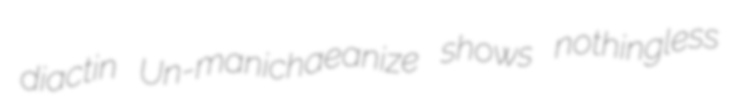
diactin Un-manichaeanize shows nothingless